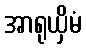
အာရုယှိမံ